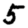
Digit: 5